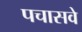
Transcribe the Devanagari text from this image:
पचासवे